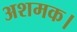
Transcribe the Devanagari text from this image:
अशमक।